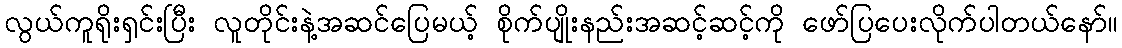
လွယ်ကူရိုးရှင်းပြီး လူတိုင်းနဲ့အဆင်ပြေမယ့် စိုက်ပျိုးနည်းအဆင့်ဆင့်ကို ဖော်ပြပေးလိုက်ပါတယ်နော်။